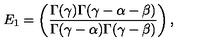
E _ { 1 } = \left( \frac { \Gamma ( \gamma ) \Gamma ( \gamma - \alpha - \beta ) } { \Gamma ( \gamma - \alpha ) \Gamma ( \gamma - \beta ) } \right) ,